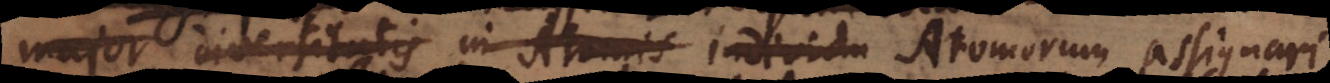
major diversitatis in Atomis individu Atomorum assignari